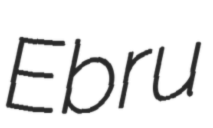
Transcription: Ebru